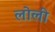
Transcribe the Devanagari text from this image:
लोली